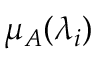
\mu _ { A } ( \lambda _ { i } )